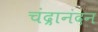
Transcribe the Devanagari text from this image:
चंद्रानंदन